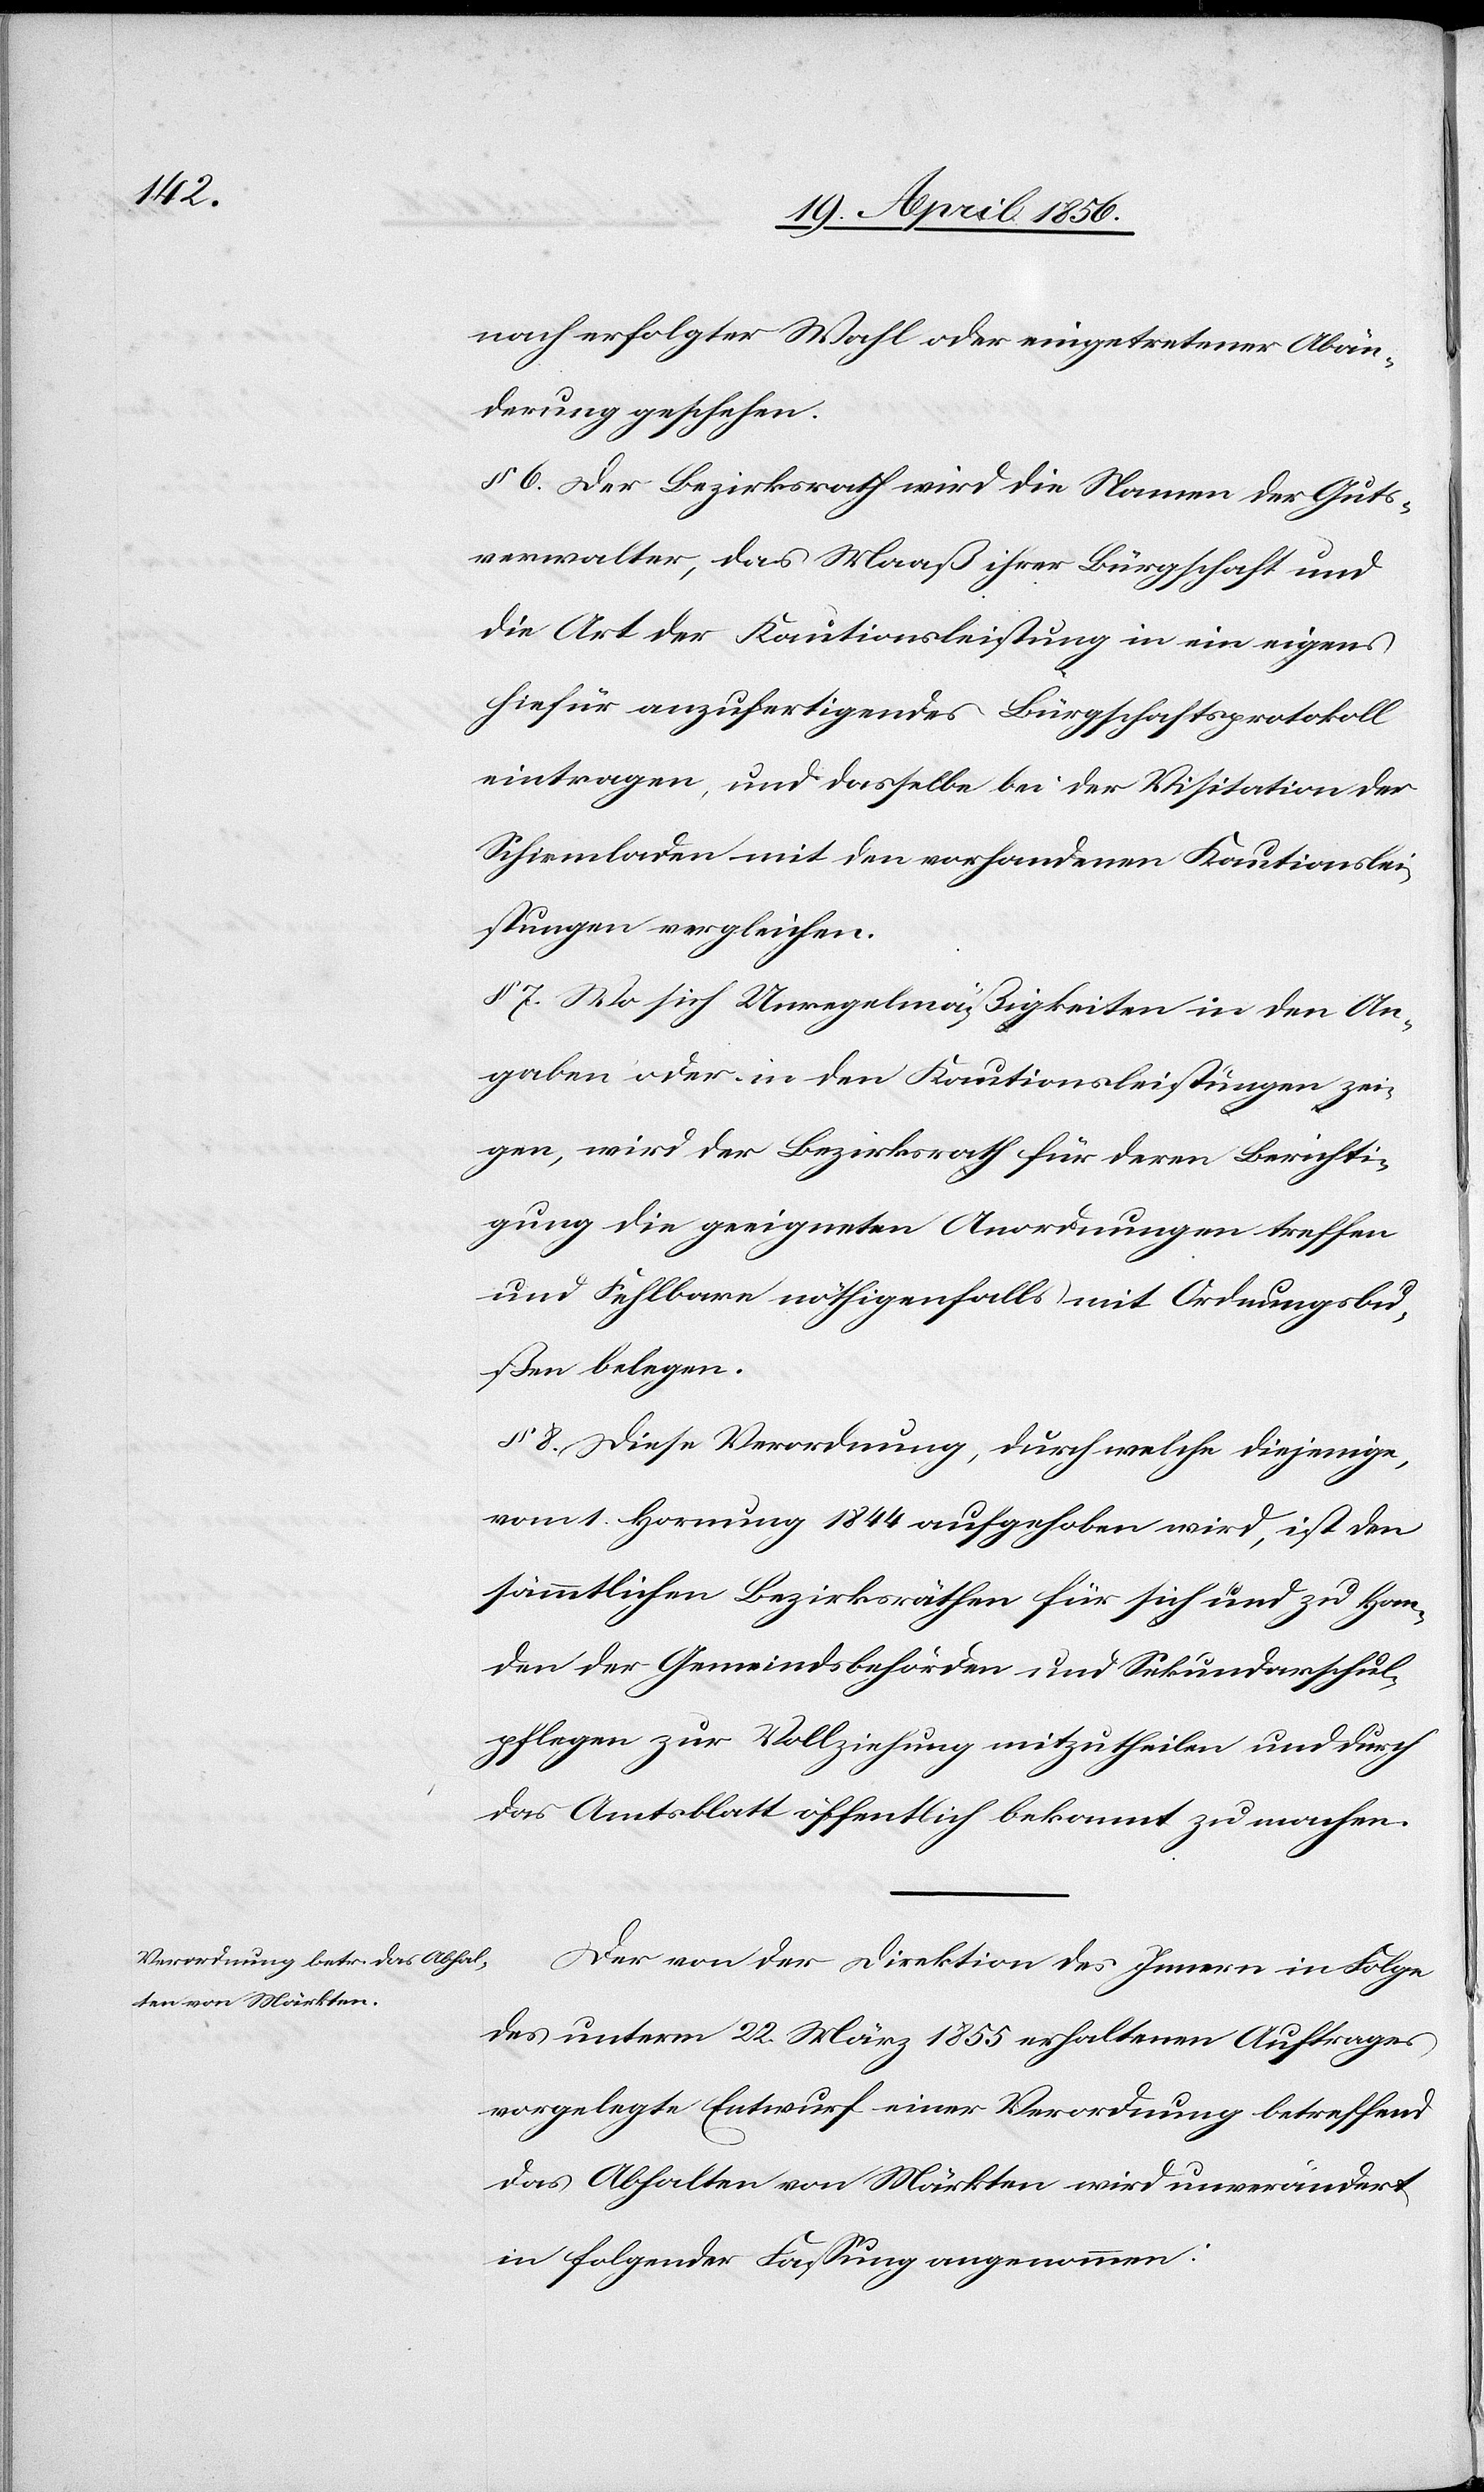
nach erfolgter Wahl oder eingetretener Abän¬
derung geschehen.
§ 6. Der Bezirksrath wird die Namen der Guts¬
verwalter, das Maaß ihrer Bürgschaft und
die Art der Kautionsleistung in ein eigens
hiefür anzufertigendes Bürgschaftsprotokoll
eintragen, und dasselbe bei der Visitation der
Schirmladen mit den vorhandenen Kautionslei¬
stungen vergleichen.
§ 7. Wo sich Unregelmäßigkeiten in den An¬
gaben oder in den Kautionsleistungen zei¬
gen, wird der Bezirksrath für deren Berichti¬
gung die geeigneten Anordnungen treffen
und Fehlbare nöthigenfalls mit Ordnungsbu¬
ßen belegen.
§ 8. Diese Verordnung, durch welche diejenige,
vom 1. Hornung 1844 aufgehoben wird, ist den
sämmtlichen Bezirksräthen für sich und zu Han¬
den der Gemeindsbehörden und Sekundarschul¬
pfleger zur Vollziehung mitzutheilen und durch
das Amtsblatt öffentlich bekannt zu machen.
Der von der Direktion des Innern in Folge
des unterm 22. März 1855 erhaltenen Auftrages
vorgelegte Entwurf einer Verordnung betreffend
das Abhalten von Märkten wird unverändert
in folgender Fassung angenommen: